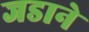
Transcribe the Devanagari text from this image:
जडाने